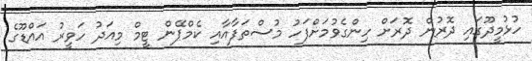
ހުޅުމީދޫގައި ދޮރުން ދޮރަށް ހިންގެވުމަށްފަހު މުސްތަފާއާއި ކެމްޕޭން ޓީމް މިއަދު ހަވީރު އައްޑޫގެ